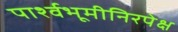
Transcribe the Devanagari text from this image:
पार्श्वभूमीनिरपेक्ष